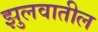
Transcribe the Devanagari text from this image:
झुलवातील